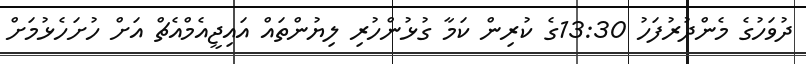
ދުވަހުގެ މެންދުރުފަހު 13:30ގެ ކުރިން ކަމާ ގުޅުންހުރި ލިޔުންތައް އައިޖީއެމްއެޗް އަށް ހުށަހެޅުމަށް